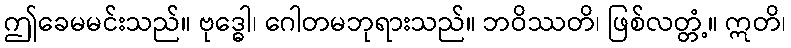
ဤခေမမင်းသည်။ ဗုဒ္ဓေါ၊ ဂေါတမဘုရားသည်။ ဘဝိဿတိ၊ ဖြစ်လတ္တံ့။ ဣတိ၊